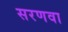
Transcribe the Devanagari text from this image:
सरणवा